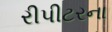
રીપીટરના